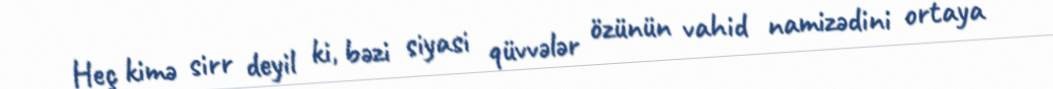
Heç kimə sirr deyil ki, bəzi siyasi qüvvələr özünün vahid namizədini ortaya